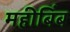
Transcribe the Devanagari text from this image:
महीबिंब